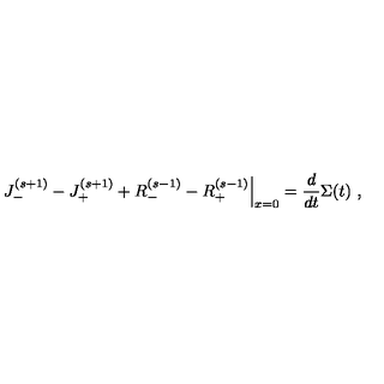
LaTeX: \left. J _ { - } ^ { ( s + 1 ) } - J _ { + } ^ { ( s + 1 ) } + R _ { - } ^ { ( s - 1 ) } - R _ { + } ^ { ( s - 1 ) } \right| _ { x = 0 } = \frac { d } { d t } \Sigma ( t ) \ , \